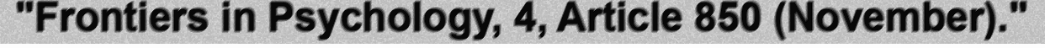
"Frontiers in Psychology, 4, Article 850 (November)."